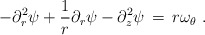
\begin{align*} -\partial_r^2 \psi + \frac{1}{r}\partial_r \psi - \partial_z^2 \psi \,=\, r \omega_\theta~.\end{align*}